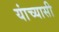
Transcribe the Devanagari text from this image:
यांच्यासी